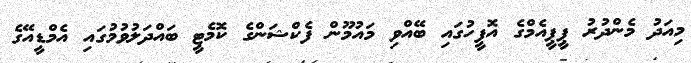
މިއަދު މެންދުރު ޕީޕީއެމްގެ އޮފީހުގައި ބޭއްވި މައުމޫން ފެކްޝަންގެ ކޮމެޓީ ބައްދަލުވުމުގައި އެމްޑީއޭގެ